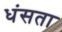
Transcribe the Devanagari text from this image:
धंसता